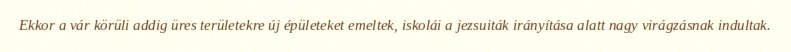
Ekkor a vár körüli addig üres területekre új épületeket emeltek, iskolái a jezsuiták irányítása alatt nagy virágzásnak indultak.